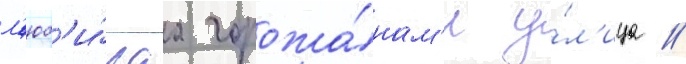
л'юб'и́маа горожа́нам'и у́л'ица //